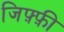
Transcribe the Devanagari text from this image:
जिफ़्फ़ी